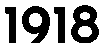
1918